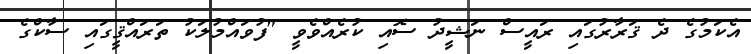
އެކަމުގެ ދެ ޤަރާރުގައި ރައީސް ނަޝީދު ސޮއި ކުރެއްވެވީ "ފުވައްމުލަކު ތަރައްޤީގައި ސާކްގެ